Vaccination United Provinces of Agra and Oudh 1902-1913 - 1902-1913
Year: 1902
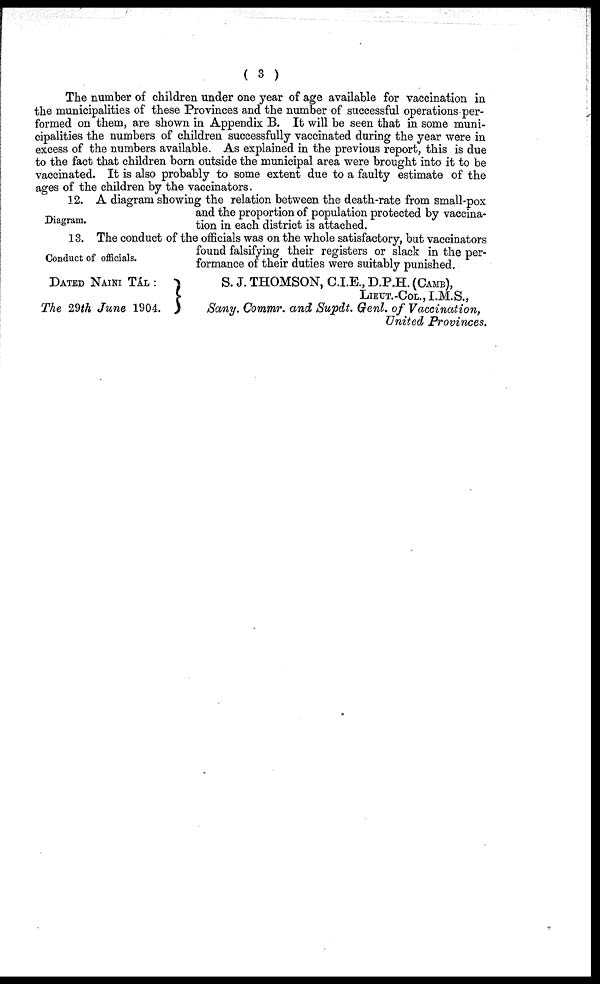
( 3 )
The number of children under one year of age available for vaccination in
the municipalities of these Provinces and the number of successful operations per-
formed on them, are shown in Appendix B. It will be seen that in some muni-
cipalities the numbers of children successfully vaccinated during the year were in
excess of the numbers available. As explained in the previous report, this is due
to the fact that children born outside the municipal area were brought into it to be
vaccinated. It is also probably to some extent due to a faulty estimate of the
ages of the children by the vaccinators.
Diagram.
12. A diagram showing the relation between the death-rate from small-pox
and the proportion of population protected by vaccina-
tion in each district is attached.
Conduct of officials.
13. The conduct of the officials was on the whole satisfactory, but vaccinators
found falsifying their registers or slack in the per-
formance of their duties were suitably punished.
DATED NAINI TÁL :
The 29th June 1904.
S. J. THOMSON, C.I.E., D.P.H. (CAMB),
LIEUT.-COL., I.M.S.,
Sany. Commr. and Supdt. Genl. of Vaccination,
United Provinces.